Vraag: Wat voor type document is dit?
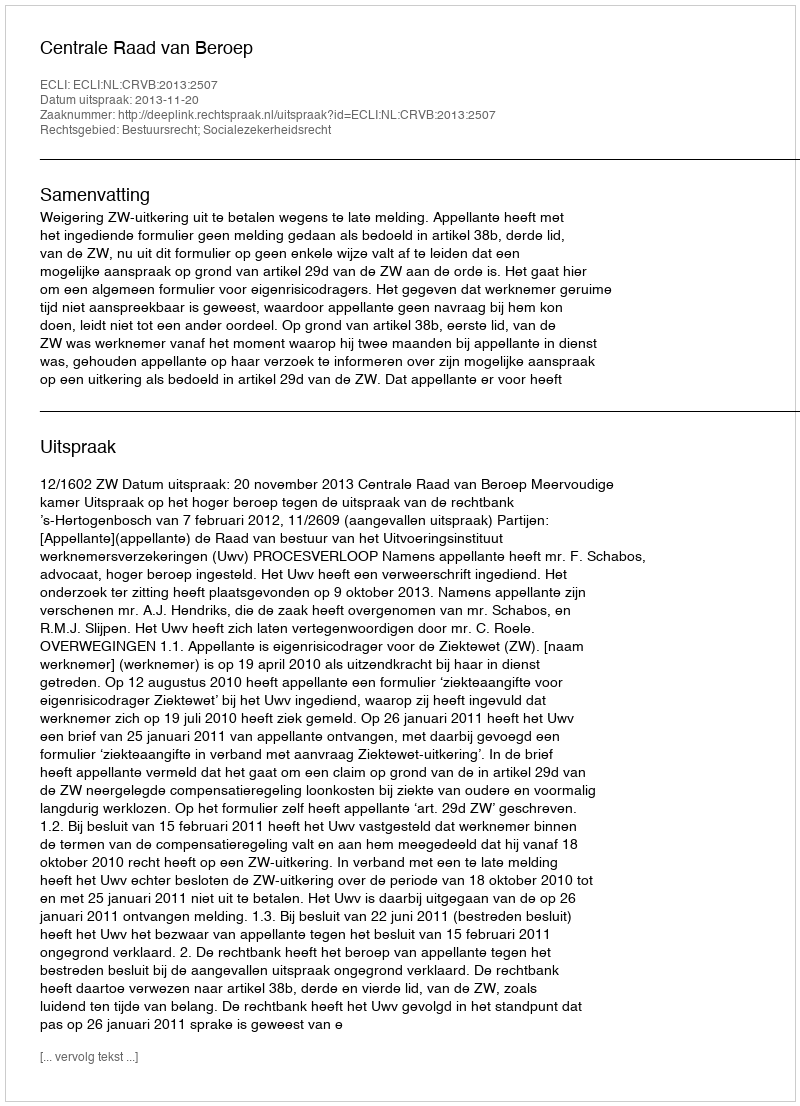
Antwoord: Uitspraak